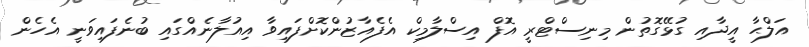
އަލްޙާ އީދާއި ގުޅޭގޮތުން މިނިސްޓްރީ އޮފް އިސްލާމިކް އެފެއާޒުންކޮށްފައިވާ އިއުލާނެއްގައި ބުނެފައިވަނީ އެހެން